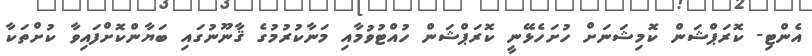
އެންޓި- ކޮރަޕްޝަން ކޮމިޝަނަށް ހުށަހެޅޭނީ ކޮރަޕްޝަން ހުއްޓުވުމާއި މަނާކުރުމުގެ ޤާނޫނުގައި ބަޔާންކޮށްފައިވާ ކުށްތަކާ